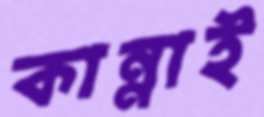
কান্নাই